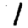
Digit: 1